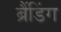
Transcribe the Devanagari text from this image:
ब्रैंडिंग